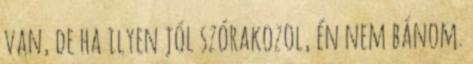
van, de ha ilyen jól szórakozol, én nem bánom.